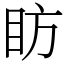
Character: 眆